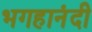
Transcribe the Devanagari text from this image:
भगहानंदी